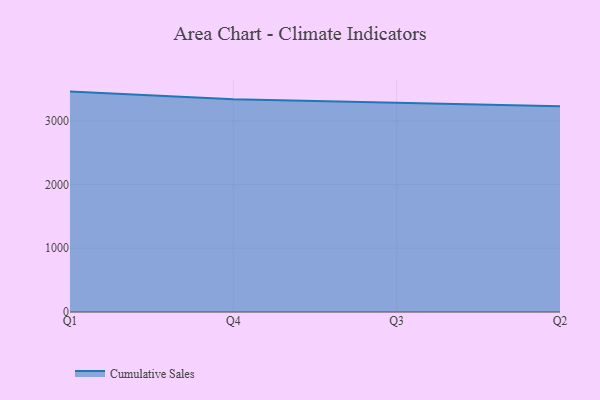
{"axis": {"x": "Quarter", "y": "Market Share (%)"}, "legend": ["Cumulative Sales"], "data": [{"x": "Q1", "y": 3458.7, "type": "Cumulative Sales"}, {"x": "Q4", "y": 3340.0, "type": "Cumulative Sales"}, {"x": "Q3", "y": 3283.7, "type": "Cumulative Sales"}, {"x": "Q2", "y": 3227.2, "type": "Cumulative Sales"}]}